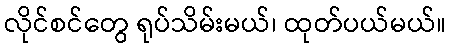
လိုင်စင်တွေ ရုပ်သိမ်းမယ်၊ ထုတ်ပယ်မယ်။